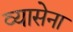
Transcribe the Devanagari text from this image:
व्यासेना